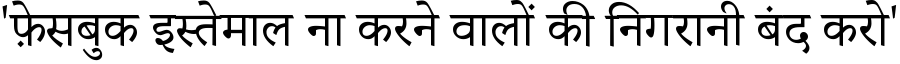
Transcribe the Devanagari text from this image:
'फ़ेसबुक इस्तेमाल ना करने वालों की निगरानी बंद करो'